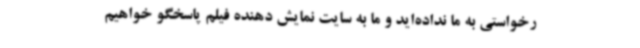
رخواستی به ما نداده‌اید و ما به سایت نمایش دهنده فیلم پاسخگو خواهیم